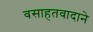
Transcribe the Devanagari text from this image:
वसाहतवादाने